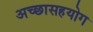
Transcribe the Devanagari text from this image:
अच्छासहयोग